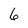
Character: 6